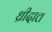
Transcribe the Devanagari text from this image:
ध्रीदात्त